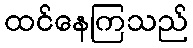
ထင်နေကြသည်